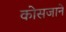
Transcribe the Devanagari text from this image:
कोसजाने